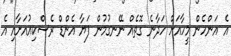
އެ އަންހެން މީހާއަށް ހަދާނެ ގޮތެއް ނޭނގުމުން ފަޔާ އެންޑް ރެސްކިއުއަށާއި އެ